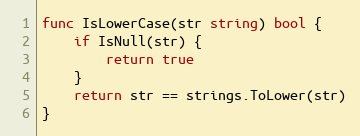
Language: Go
func IsLowerCase(str string) bool {
	if IsNull(str) {
		return true
	}
	return str == strings.ToLower(str)
}